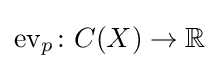
\operatorname {ev} _{p}\colon C(X)\to \mathbb {R}